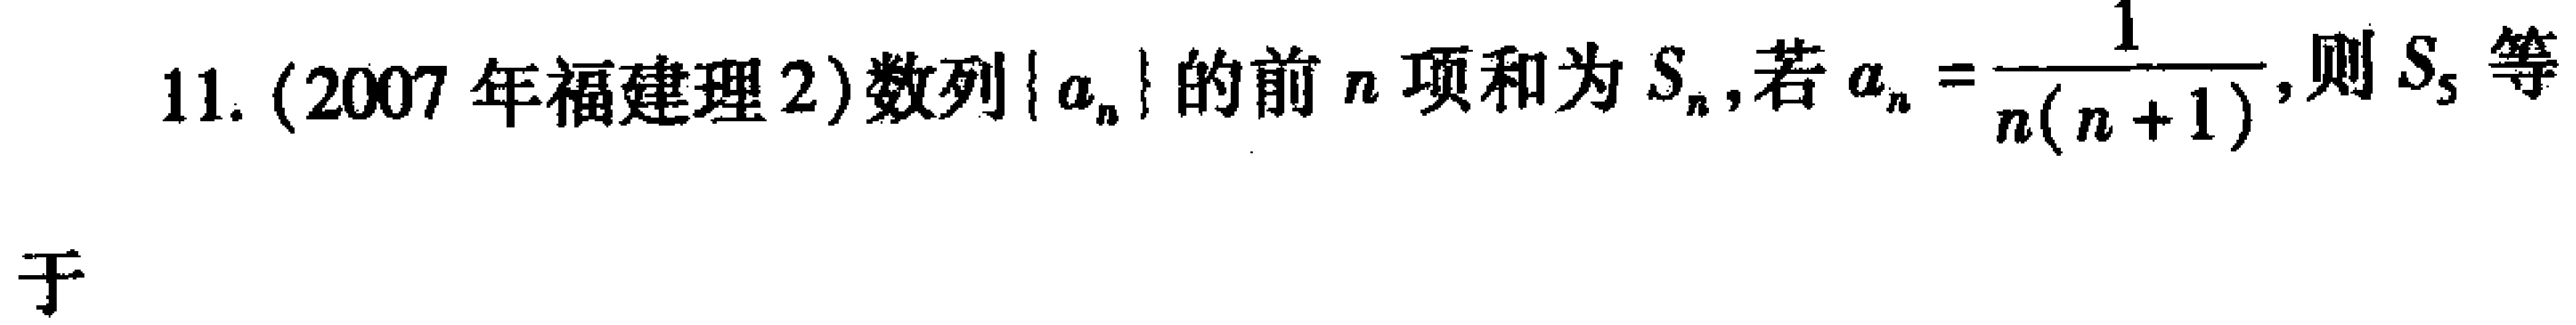
11. (2007年福建理2)数列\(\{ a_{n}\}\)的前\(n\)项和为\(S_{n}\),若\(a_{n}=\dfrac{1}{n(n + 1)}\),则\(S_{5}\)等
于